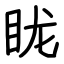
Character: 眬